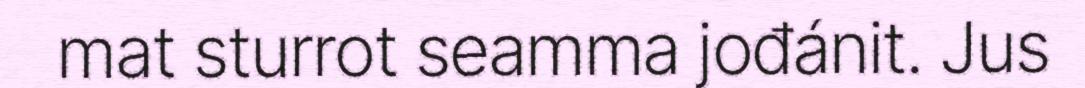
mat sturrot seamma jođánit. Jus